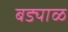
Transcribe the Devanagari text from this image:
बड्याळ